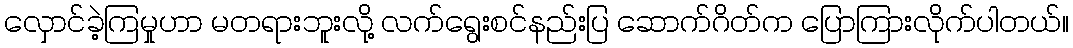
လှောင်ခဲ့ကြမှုဟာ မတရားဘူးလို့ လက်ရွေးစင်နည်းပြ ဆောက်ဂိတ်က ပြောကြားလိုက်ပါတယ်။